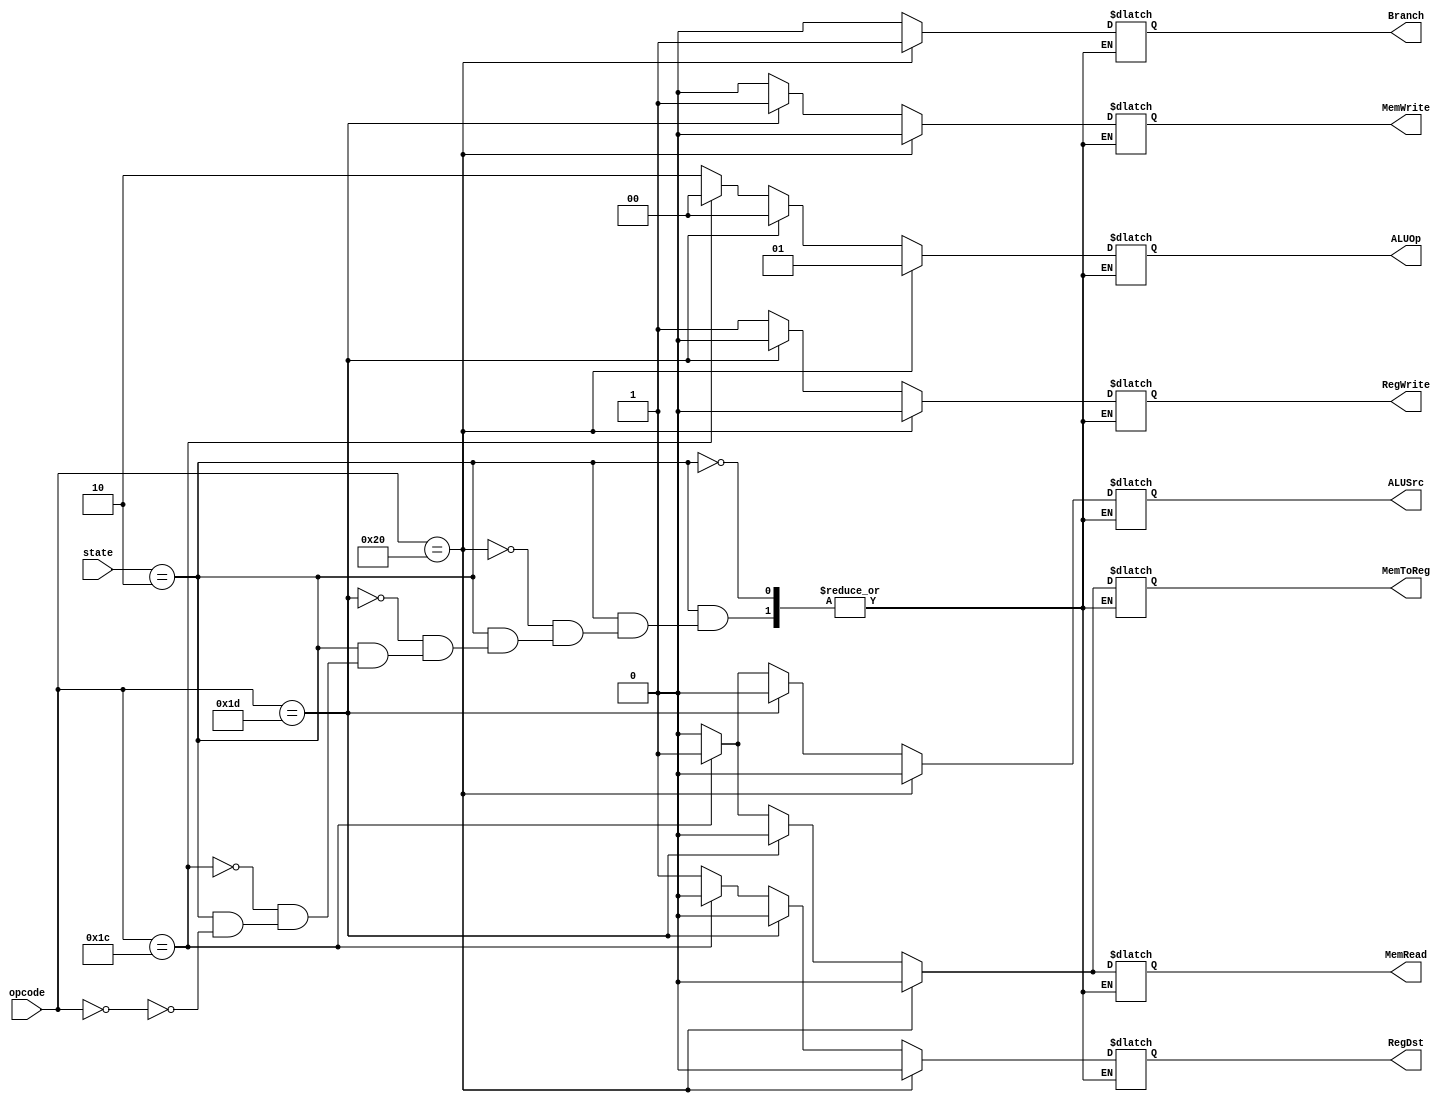
module controlunit(opcode,RegDst,Branch,MemRead,MemToReg,MemWrite,ALUSrc,RegWrite,ALUOp,state);

    input [5:0] opcode; // from instruction
    output reg RegDst,Branch,MemRead,MemToReg,MemWrite,ALUSrc,RegWrite; // control signals
    output reg [1:0] ALUOp; // alu contol
    input [5:0] state;// for running at intended time

    always @ (*) begin 
		if (state == 6'b000010) begin
		
	        // Rformat 00 in octal
	        if(opcode == 6'b000000) begin
	            RegDst = 1'b1;
	            ALUSrc = 1'b0;
	            MemToReg = 1'b0;
	            RegWrite = 1'b1;
	            MemRead = 1'b0;
	            MemWrite = 1'b0;
	            Branch = 1'b0;
	            ALUOp = 2'b10; 
	        end
	        // Load 34 in octal
	        if(opcode == 6'b011100) begin
	            RegDst = 1'b0;
	            ALUSrc = 1'b1;
	            MemToReg = 1'b1;
	            RegWrite = 1'b1;
	            MemRead = 1'b1;
	            MemWrite = 1'b0;
	            Branch = 1'b0;
	            ALUOp = 2'b00;
	        end
	        // store 35 in octal
	        if(opcode == 6'b011101) begin
				RegDst = 1'b0;
	            ALUSrc = 1'b1;
				MemToReg = 1'b0;
	            RegWrite = 1'b0;
	            MemRead = 1'b0;
	            MemWrite = 1'b1;
	            Branch = 1'b0;
	            ALUOp = 2'b00;
	        end
	        // beq 40 in octal
	        if(opcode == 6'b100000) begin
				RegDst = 1'b0;
	            ALUSrc = 1'b0;
				MemToReg = 1'b0;
	            RegWrite = 1'b0;
				MemRead = 1'b0;
	            MemWrite = 1'b0;
	            Branch = 1'b1;
	            ALUOp = 2'b01;          
	        end
		end


    end

endmodule